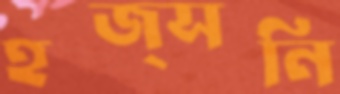
হজ্সনি